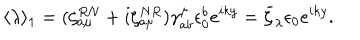
\langle \lambda \rangle _ { 1 } = ( \zeta _ { a \mu } ^ { R N } + i \zeta _ { a \mu } ^ { N R } ) \gamma _ { a b } ^ { \mu } \epsilon _ { 0 } ^ { b } e ^ { i k y } = \bar { \zeta } _ { \lambda } \epsilon _ { 0 } e ^ { i k y } .